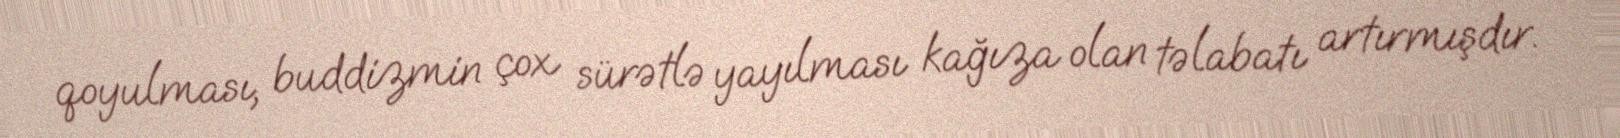
qoyulması, buddizmin çox sürətlə yayılması kağıza olan təlabatı artırmışdır.